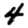
Digit: 4